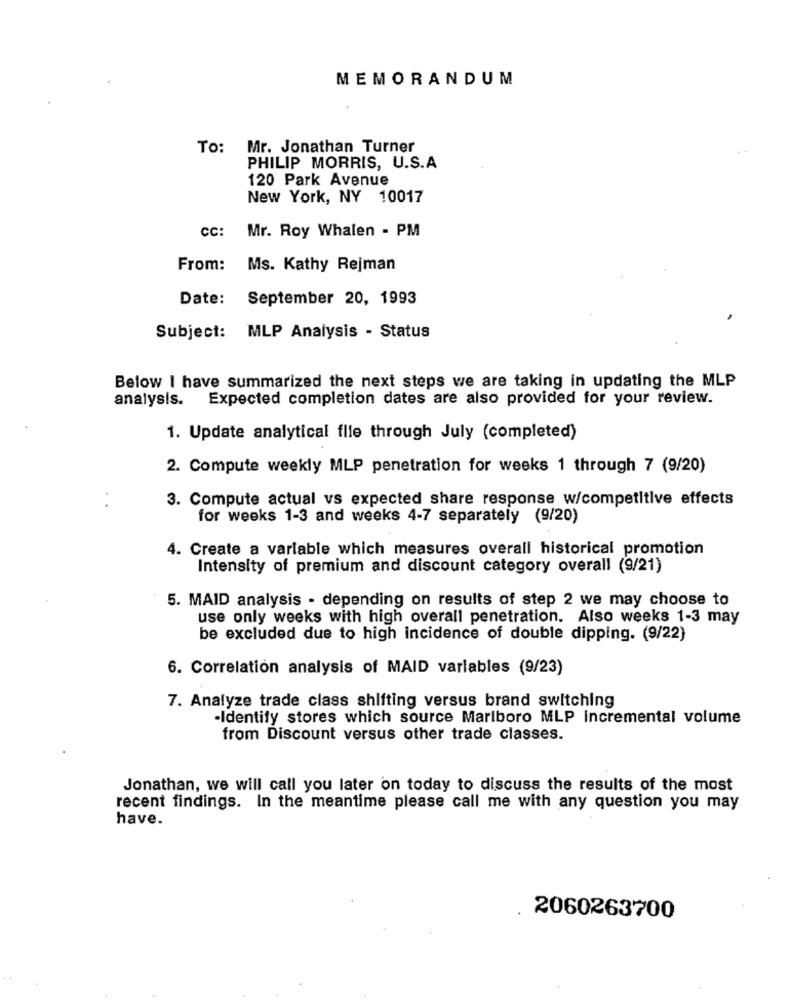
MEMORANDUM
To:
Mr. Jonathan Turner
PHILIP MORRIS, U.S.A
120 Park Avenue
New York, NY 10017
CC:
Mr. Roy Whalen - PM
From:
Ms. Kathy Rejman
Date:
September 20, 1993
Subject: MLP Analysis - Status
Below I have summarized the next steps we are taking in updating the MLP
analysis.
Expected completion dates are also provided for your review.
1. Update analytical flie through July (completed)
2. Compute weekly MLP penetration for weeks 1 through 7 (9/20)
3. Compute actual vs expected share response w/competitive effects
for weeks 1-3 and weeks 4-7 separately (9/20)
4. Create a variable which measures overall historical promotion
Intensity of premium and discount category overall (9/21)
5. MAID analysis - depending on results of step 2 we may choose to
use only weeks with high overall penetration. Also weeks 1-3 may
be excluded due to high incidence of double dipping. (9/22)
6. Correlation analysis of MAID variables (9/23)
7. Analyze trade class shifting versus brand switching
-Identify stores which source Marlboro MLP incremental volume
from Discount versus other trade classes.
Jonathan, we will call you later on today to discuss the results of the most
recent findings. In the meantime please call me with any question you may
have.
2060263700
..